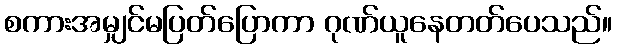
စကားအမျှင်မပြတ်ပြောကာ ဂုဏ်ယူနေတတ်ပေသည်။